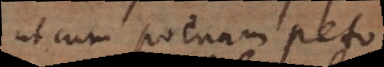
ut cum poenam peto